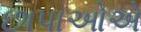
છાપાઓએ